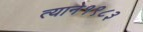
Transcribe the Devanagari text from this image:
त्याने१९८३